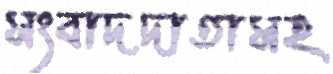
সংবাদদাতাসহ